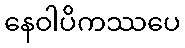
နေဝါပိကဿပေ